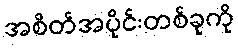
အစိတ်အပိုင်းတစ်ခုကို